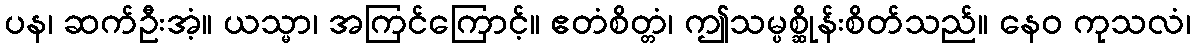
ပန၊ ဆက်ဦးအံ့။ ယသ္မာ၊ အကြင်ကြောင့်။ ဧတံစိတ္တံ၊ ဤသမ္ပစ္ဆိုန်းစိတ်သည်။ နေဝ ကုသလံ၊